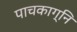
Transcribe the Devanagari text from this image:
पाचकाग्नि